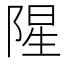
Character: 𮸩